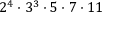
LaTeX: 2 ^ { 4 } \cdot 3 ^ { 3 } \cdot 5 \cdot 7 \cdot 1 1